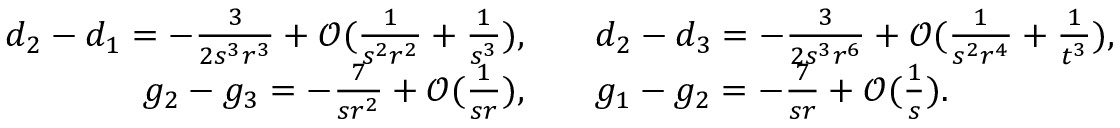
\begin{array} { r l } { d _ { 2 } - d _ { 1 } = - \frac { 3 } { 2 s ^ { 3 } r ^ { 3 } } + \mathcal { O } ( \frac { 1 } { s ^ { 2 } r ^ { 2 } } + \frac { 1 } { s ^ { 3 } } ) , \quad } & { d _ { 2 } - d _ { 3 } = - \frac { 3 } { 2 s ^ { 3 } r ^ { 6 } } + \mathcal { O } ( \frac { 1 } { s ^ { 2 } r ^ { 4 } } + \frac { 1 } { t ^ { 3 } } ) , } \\ { g _ { 2 } - g _ { 3 } = - \frac { 7 } { s r ^ { 2 } } + \mathcal { O } ( \frac { 1 } { s r } ) , \quad } & { g _ { 1 } - g _ { 2 } = - \frac { 7 } { s r } + \mathcal { O } ( \frac { 1 } { s } ) . } \end{array}